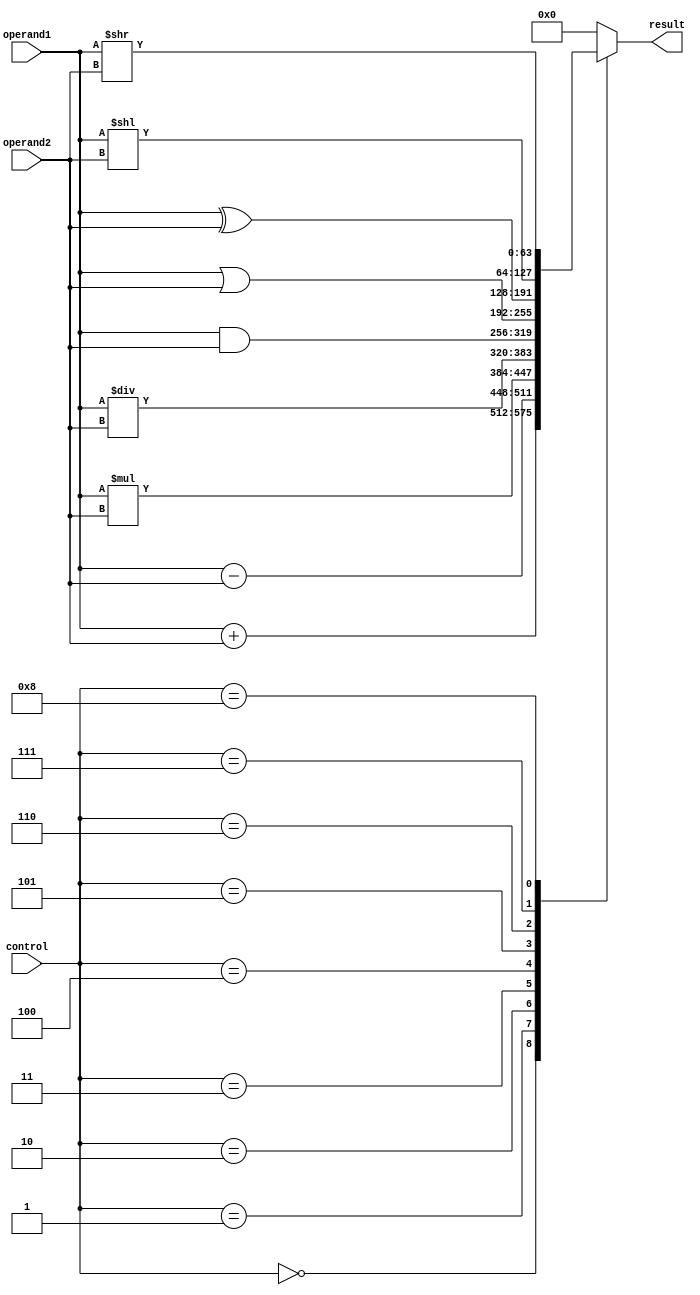
module ALU(
    input [63:0] operand1,
    input [63:0] operand2,
    input [3:0] control,
    output reg [63:0] result
);

// ALU Operations
parameter ADD = 4'b0000;
parameter SUB = 4'b0001;
parameter MUL = 4'b0010;
parameter DIV = 4'b0011;
parameter AND = 4'b0100;
parameter OR = 4'b0101;
parameter XOR = 4'b0110;
parameter SHIFT_LEFT = 4'b0111;
parameter SHIFT_RIGHT = 4'b1000;

always @(*)
begin
    case(control)
        ADD: result = operand1 + operand2;
        SUB: result = operand1 - operand2;
        MUL: result = operand1 * operand2;
        DIV: result = operand1 / operand2;
        AND: result = operand1 & operand2;
        OR: result = operand1 | operand2;
        XOR: result = operand1 ^ operand2;
        SHIFT_LEFT: result = operand1 << operand2;
        SHIFT_RIGHT: result = operand1 >> operand2;
        default: result = 64'd0;
    endcase
end

endmodule